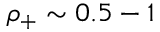
\rho _ { + } \sim 0 . 5 - 1